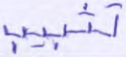
تتبيب